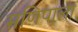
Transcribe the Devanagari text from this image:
मणिपाला